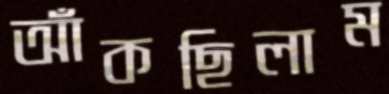
আঁকছিলাম